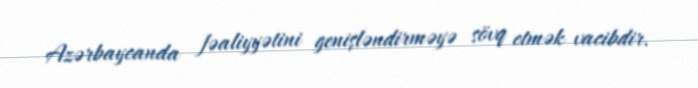
Azərbaycanda fəaliyyətini genişləndirməyə sövq etmək vacibdir.